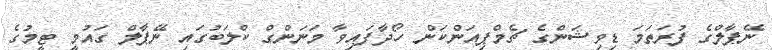
ނޭޕާލްގެ ފުރަތަމަ ޑިވިޝަންގެ ޗެމްޕިއަންކަން ހޯދާފައިވާ މަނަންގް ކްލަބުގައި ނޭޕާލް ގައުމީ ޓީމުގެ